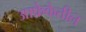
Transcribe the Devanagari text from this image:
आफ्रेकेतील